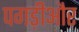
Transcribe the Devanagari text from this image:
पगड़ीऔर